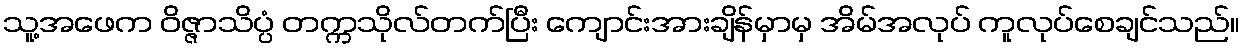
သူ့အဖေက ဝိဇ္ဇာသိပ္ပံ တက္ကသိုလ်တက်ပြီး ကျောင်းအားချိန်မှာမှ အိမ်အလုပ် ကူလုပ်စေချင်သည်။